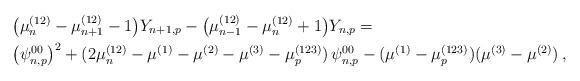
LaTeX: \begin{align*}&\big( \mu_n^{(12)}-\mu_{n+1}^{(12)}-1 \big) Y_{n+1,p}- \big( \mu_{n-1}^{(12)}-\mu_n^{(12)}+1 \big) Y_{n,p}= \\&\big(\psi^{00}_{n,p}\big)^2 + (2\mu_n^{(12)}-\mu^{(1)}-\mu^{(2)}-\mu^{(3)}-\mu_p^{(123)})\, \psi^{00}_{n,p} - (\mu^{(1)}-\mu_p^{(123)})(\mu^{(3)}-\mu^{(2)}) \,,\end{align*}